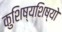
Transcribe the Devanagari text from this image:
कुशिष्यशिष्यो